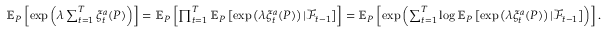
\begin{array} { r l } & { \mathbb { E } _ { P } \left[ \exp \left( \lambda \sum _ { t = 1 } ^ { T } \xi _ { t } ^ { a } ( P ) \right) \right] = \mathbb { E } _ { P } \left[ \prod _ { t = 1 } ^ { T } \mathbb { E } _ { P } \left[ \exp \left( \lambda \xi _ { t } ^ { a } ( P ) \right) | \mathcal { F } _ { t - 1 } \right] \right] = \mathbb { E } _ { P } \left[ \exp \left( \sum _ { t = 1 } ^ { T } \log \mathbb { E } _ { P } \left[ \exp \left( \lambda \xi _ { t } ^ { a } ( P ) \right) | \mathcal { F } _ { t - 1 } \right] \right) \right] . } \end{array}